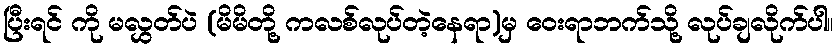
ပြီးရင် ကို မလွှတ်ပဲ (မိမိတို့ ကလစ်လုပ်တဲ့နေရာ)မှ ဝေးရာဘက်သို့ လုပ်ချလိုက်ပါ။